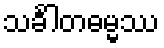
သင်္ခါတဓမ္မဿ